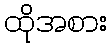
ထိုအစား